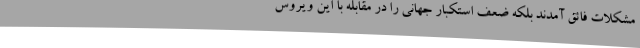
مشکلات فائق آمدند بلکه ضعف استکبار جهانی را در مقابله با این ویروس